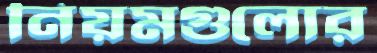
নিয়মগুলোর